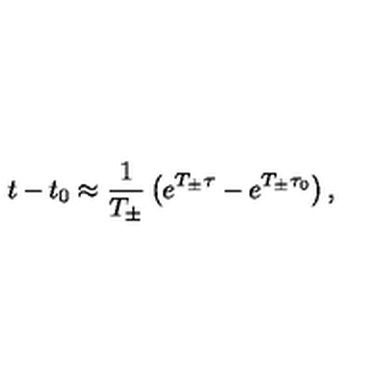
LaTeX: t - t _ { 0 } \approx \frac { 1 } { T _ { \pm } } \left( e ^ { T _ { \pm } \tau } - e ^ { T _ { \pm } \tau _ { 0 } } \right) ,